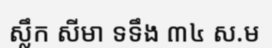
ស្លឹក សីមា ទទឹង ៣៤ ស.ម